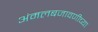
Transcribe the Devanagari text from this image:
अंमलबजावणीच्या